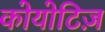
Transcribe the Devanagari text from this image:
कोयोटिज़